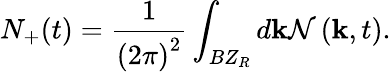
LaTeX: N_{+}(t)=\frac{1}{\left(2\pi\right)^{2}}\int_{BZ_{R}}d\mathbf{k}\mathcal{N}\left(\mathbf{k},t\right).